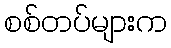
စစ်တပ်များက